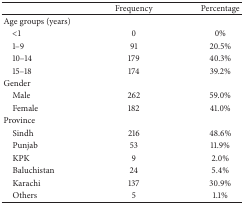
<table><thead><tr><td><b> </b></td><td><b>Frequency</b></td><td><b>Percentage</b></td></tr></thead><tbody><tr><td>Age groups (years)</td><td> </td><td> </td></tr><tr><td> &lt;1</td><td>0</td><td>0%</td></tr><tr><td> 1–9</td><td>91</td><td>20.5%</td></tr><tr><td> 10–14</td><td>179</td><td>40.3%</td></tr><tr><td> 15–18</td><td>174</td><td>39.2%</td></tr><tr><td>Gender</td><td> </td><td> </td></tr><tr><td> Male</td><td>262</td><td>59.0%</td></tr><tr><td> Female</td><td>182</td><td>41.0%</td></tr><tr><td>Province</td><td> </td><td> </td></tr><tr><td> Sindh</td><td>216</td><td>48.6%</td></tr><tr><td> Punjab</td><td>53</td><td>11.9%</td></tr><tr><td> KPK</td><td>9</td><td>2.0%</td></tr><tr><td> Baluchistan</td><td>24</td><td>5.4%</td></tr><tr><td> Karachi</td><td>137</td><td>30.9%</td></tr><tr><td> Others</td><td>5</td><td>1.1%</td></tr></tbody></table>